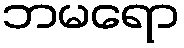
ဘမရော